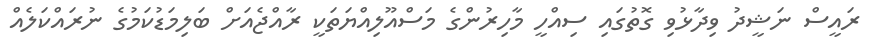
ރައީސް ނަޝީދު ވިދާޅުވި ގޮތުގައި ސިއްހީ މާހިރުންގެ މަސްއޫލިއްޔަތަކީ ރާއްޖެއަށް ބަލިމަޑުކަމުގެ ނުރައްކަލެއް